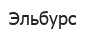
Эльбурс